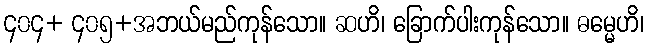
၄၀၄+ ၄၀၅+အဘယ်မည်ကုန်သော။ ဆဟိ၊ ခြောက်ပါးကုန်သော။ ဓမ္မေဟိ၊